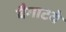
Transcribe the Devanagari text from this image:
बैगाटवे